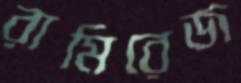
রামিরেজ